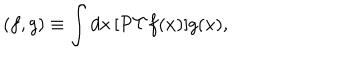
LaTeX: ( f , g ) \equiv \int d x \, [ { \cal P T } f ( x ) ] g ( x ) ,